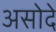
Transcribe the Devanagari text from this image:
असोदे